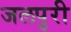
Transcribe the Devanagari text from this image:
जलपुरी